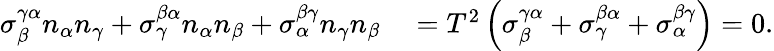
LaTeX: \begin{array}{rl}{\sigma_{\beta}^{\gamma\alpha}n_{\alpha}n_{\gamma}+\sigma_{\gamma}^{\beta\alpha}n_{\alpha}n_{\beta}+\sigma_{\alpha}^{\beta\gamma}n_{\gamma}n_{\beta}}&{{}=T^{2}\left(\sigma_{\beta}^{\gamma\alpha}+\sigma_{\gamma}^{\beta\alpha}+\sigma_{\alpha}^{\beta\gamma}\right)=0.}\end{array}